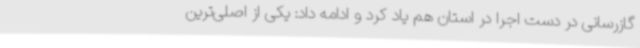
گازرسانی در دست اجرا در استان هم یاد کرد و ادامه داد: یکی از اصلی‌ترین